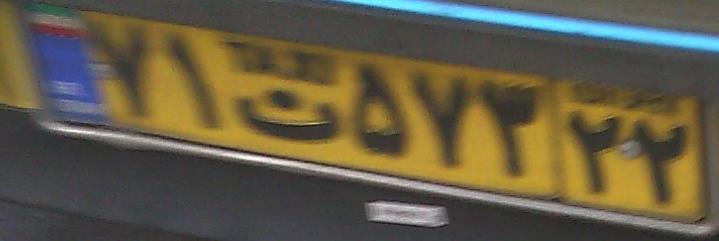
۷۱ت۵۷۳۲۲